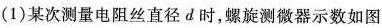
(1)某次测量电阻丝直径d时，螺旋测微器示数如图